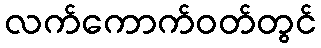
လက်ကောက်ဝတ်တွင်